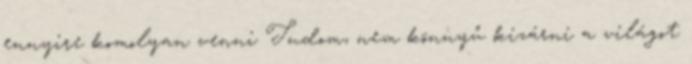
ennyire komolyan venni Tudom, nem könnyű kizárni a világot